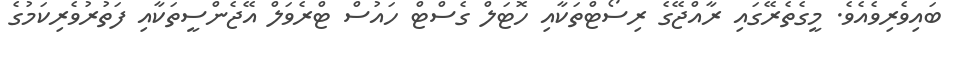
ބައިވެރިވެއެވެ. މީގެތެރޭގައި ރާއްޖޭގެ ރިސޯޓްތަކާއި ހޮޓަލް ގެސްޓް ހައުސް ޓްރެވަލް އޭޖެންސީތަކާއި ފަތުރުވެރިކަމުގެ